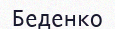
Беденко